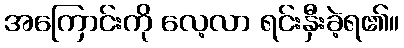
အကြောင်းကို လေ့လာ ရင်းနှီးခဲ့ရ၏။